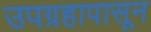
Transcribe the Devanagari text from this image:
उपग्रहापासून